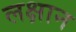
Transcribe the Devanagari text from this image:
लक्षान